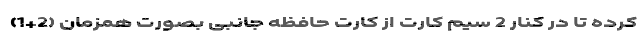
کرده تا در کنار 2 سیم کارت از کارت حافظه جانبی بصورت همزمان (2+1)